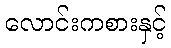
လောင်းကစားနှင့်